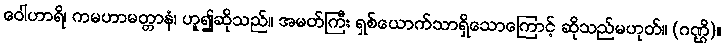
ဝေါဟာရိ၊ ကမဟာမတ္တာနံ၊ ဟူ၍ဆိုသည်။ အမတ်ကြီး ရှစ်ယောက်သာရှိသောကြောင့် ဆိုသည်မဟုတ်။ (ဂဏ္ဌိ)။